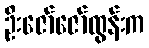
ဦးဇော်ဇော်ထွန်းက